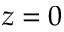
z = 0